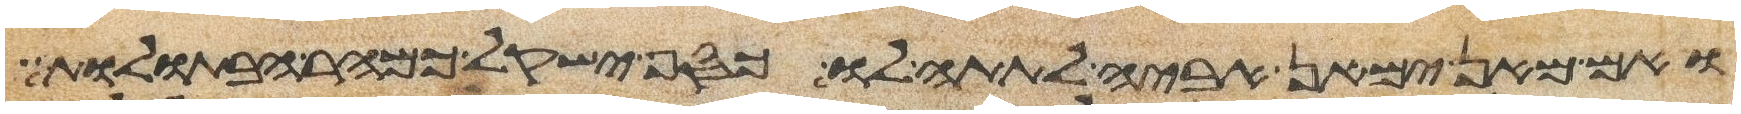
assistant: ואם מאן ימאן אביה לתתה לו כסף ישקל כמהר הבתולות